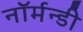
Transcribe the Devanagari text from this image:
नॉर्मन्डी